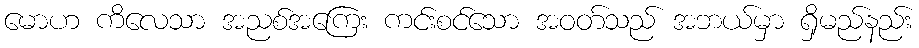
မောဟ ကိလေသာ အညစ်အကြေး ကင်းစင်သော အဝတ်သည် အဘယ်မှာ ရှိမည်နည်း